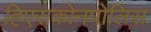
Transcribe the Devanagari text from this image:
हिएराकोनपोलिस